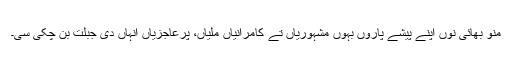
منو بھائی نوں اپنے پیشے پاروں بہوں مشہوریاں تے کامرانیاں ملیاں، پرعاجزیاں انہاں دی جبلت بن چکی سی۔